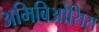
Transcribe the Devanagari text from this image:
अमिबिओसिस